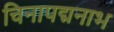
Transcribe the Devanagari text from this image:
चिनापद्मनाभ